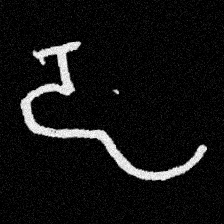
Pyu character \u2014 Myanmar letter: ဠ (romanized: lla)